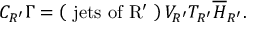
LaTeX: C _ { R ^ { \prime } } \Gamma = \left( \mathrm { ~ j e t s ~ o f ~ R ^ { \prime } ~ } \right) V _ { R ^ { \prime } } T _ { R ^ { \prime } } \overline { { { H } } } _ { R ^ { \prime } } .